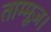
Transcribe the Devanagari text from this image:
ताम्मूज़।